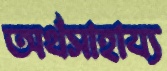
অর্থসাহায্য